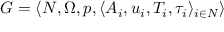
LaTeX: G = \langle N , \Omega , p , \langle A _ { i } , u _ { i } , T _ { i } , \tau _ { i } \rangle _ { i \in N } \rangle